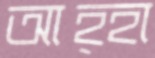
আহ্হা